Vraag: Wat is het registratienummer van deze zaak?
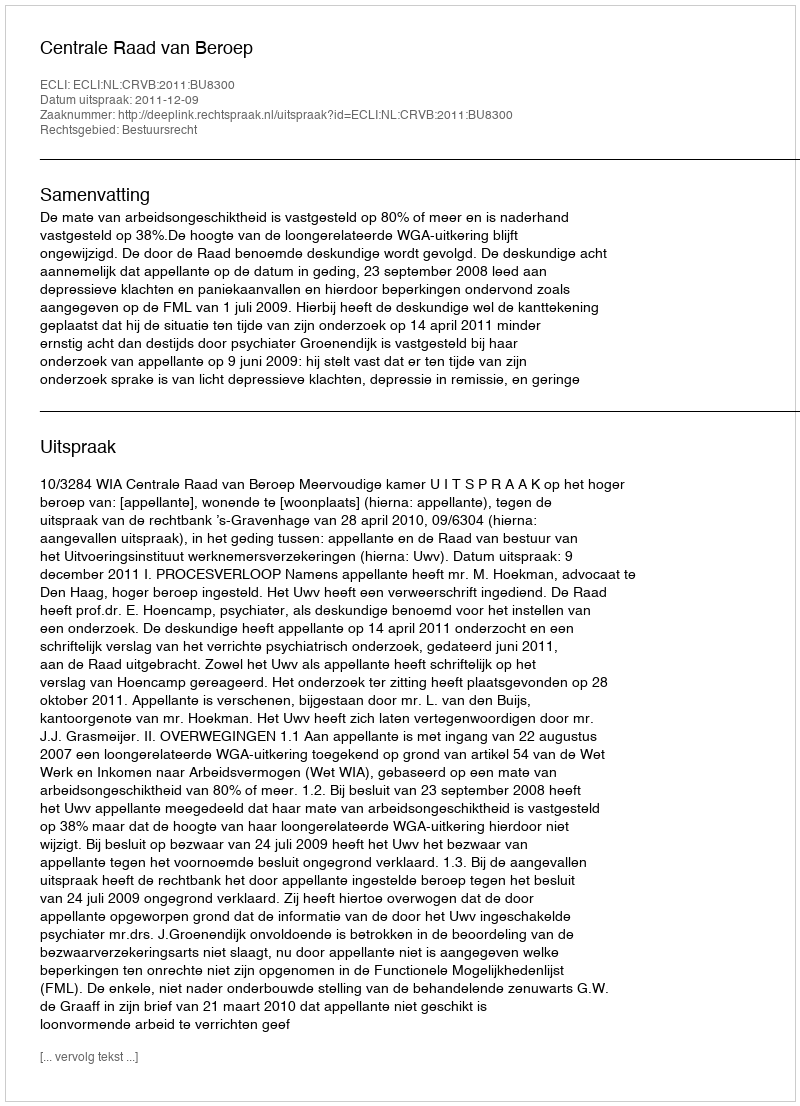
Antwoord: http://deeplink.rechtspraak.nl/uitspraak?id=ECLI:NL:CRVB:2011:BU8300